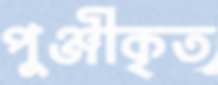
পুঞ্জীকৃত